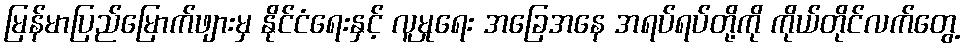
မြန်မာပြည်မြောက်ဖျားမှ နိုင်ငံရေးနှင့် လူမှုရေး အခြေအနေ အရပ်ရပ်တို့ကို ကိုယ်တိုင်လက်တွေ့